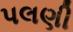
પલણી